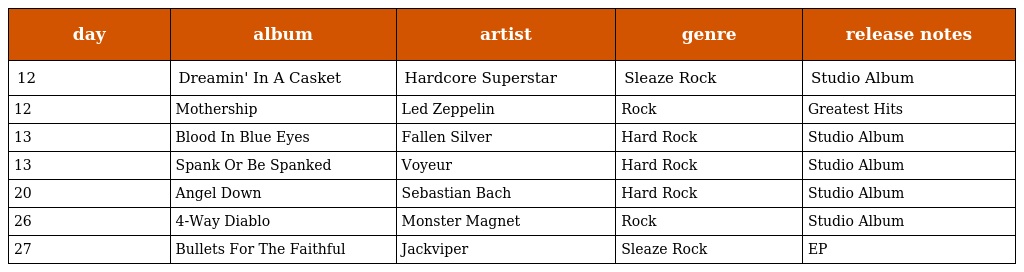
| day | album | artist | genre | release notes |
 | --- | --- | --- | --- | --- |
 | 12 | Dreamin' In A Casket | Hardcore Superstar | Sleaze Rock | Studio Album |
 | 12 | Mothership | Led Zeppelin | Rock | Greatest Hits |
 | 13 | Blood In Blue Eyes | Fallen Silver | Hard Rock | Studio Album |
 | 13 | Spank Or Be Spanked | Voyeur | Hard Rock | Studio Album |
 | 20 | Angel Down | Sebastian Bach | Hard Rock | Studio Album |
 | 26 | 4-Way Diablo | Monster Magnet | Rock | Studio Album |
 | 27 | Bullets For The Faithful | Jackviper | Sleaze Rock | EP |